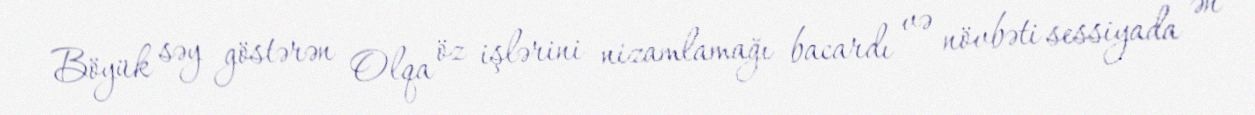
Böyük səy göstərən Olqa öz işlərini nizamlamağı bacardı və növbəti sessiyada ən